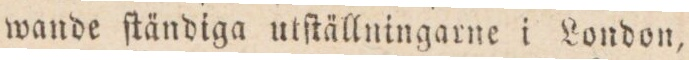
wande ſtändiga utſtällningarne i London,